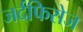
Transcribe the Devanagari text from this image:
जर्दफिरोज